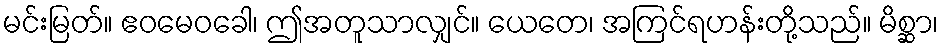
မင်းမြတ်။ ဧဝမေဝခေါ၊ ဤအတူသာလျှင်။ ယေတေ၊ အကြင်ရဟန်းတို့သည်။ မိစ္ဆာ၊